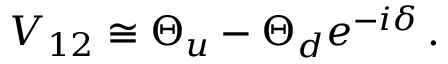
V _ { 1 2 } \cong \Theta _ { u } - \Theta _ { d } e ^ { - i \delta } \, .